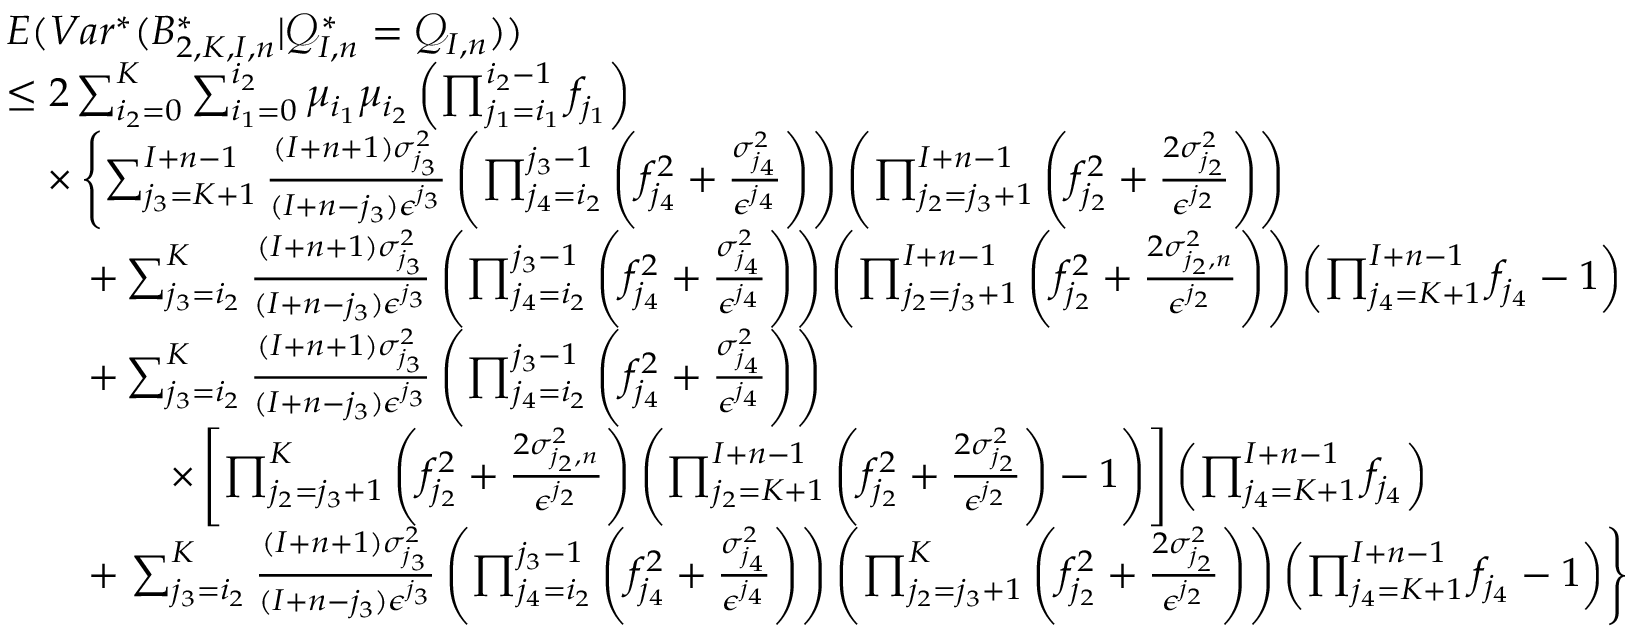
\begin{array} { r l } & { E ( V a r ^ { * } ( B _ { 2 , K , I , n } ^ { * } | \mathcal { Q } _ { I , n } ^ { * } = \mathcal { Q } _ { I , n } ) ) } \\ & { \leq 2 \sum _ { i _ { 2 } = 0 } ^ { K } \sum _ { i _ { 1 } = 0 } ^ { i _ { 2 } } \mu _ { i _ { 1 } } \mu _ { i _ { 2 } } \left( \prod _ { j _ { 1 } = i _ { 1 } } ^ { i _ { 2 } - 1 } f _ { j _ { 1 } } \right) } \\ & { \quad \times \left\{ \sum _ { j _ { 3 } = K + 1 } ^ { I + n - 1 } \frac { ( I + n + 1 ) \sigma _ { j _ { 3 } } ^ { 2 } } { ( I + n - j _ { 3 } ) \epsilon ^ { j _ { 3 } } } \left( \prod _ { j _ { 4 } = i _ { 2 } } ^ { j _ { 3 } - 1 } \left( f _ { j _ { 4 } } ^ { 2 } + \frac { \sigma _ { j _ { 4 } } ^ { 2 } } { \epsilon ^ { j _ { 4 } } } \right) \right) \left( \prod _ { j _ { 2 } = j _ { 3 } + 1 } ^ { I + n - 1 } \left( f _ { j _ { 2 } } ^ { 2 } + \frac { 2 \sigma _ { j _ { 2 } } ^ { 2 } } { \epsilon ^ { j _ { 2 } } } \right) \right) \right. } \\ & { \qquad + \sum _ { j _ { 3 } = i _ { 2 } } ^ { K } \frac { ( I + n + 1 ) \sigma _ { j _ { 3 } } ^ { 2 } } { ( I + n - j _ { 3 } ) \epsilon ^ { j _ { 3 } } } \left( \prod _ { j _ { 4 } = i _ { 2 } } ^ { j _ { 3 } - 1 } \left( f _ { j _ { 4 } } ^ { 2 } + \frac { \sigma _ { j _ { 4 } } ^ { 2 } } { \epsilon ^ { j _ { 4 } } } \right) \right) \left( \prod _ { j _ { 2 } = j _ { 3 } + 1 } ^ { I + n - 1 } \left( f _ { j _ { 2 } } ^ { 2 } + \frac { 2 \sigma _ { j _ { 2 } , n } ^ { 2 } } { \epsilon ^ { j _ { 2 } } } \right) \right) \left( \prod _ { j _ { 4 } = K + 1 } ^ { I + n - 1 } f _ { j _ { 4 } } - 1 \right) } \\ & { \qquad + \sum _ { j _ { 3 } = i _ { 2 } } ^ { K } \frac { ( I + n + 1 ) \sigma _ { j _ { 3 } } ^ { 2 } } { ( I + n - j _ { 3 } ) \epsilon ^ { j _ { 3 } } } \left( \prod _ { j _ { 4 } = i _ { 2 } } ^ { j _ { 3 } - 1 } \left( f _ { j _ { 4 } } ^ { 2 } + \frac { \sigma _ { j _ { 4 } } ^ { 2 } } { \epsilon ^ { j _ { 4 } } } \right) \right) } \\ & { \qquad \qquad \times \left[ \prod _ { j _ { 2 } = j _ { 3 } + 1 } ^ { K } \left( f _ { j _ { 2 } } ^ { 2 } + \frac { 2 \sigma _ { j _ { 2 } , n } ^ { 2 } } { \epsilon ^ { j _ { 2 } } } \right) \left( \prod _ { j _ { 2 } = K + 1 } ^ { I + n - 1 } \left( f _ { j _ { 2 } } ^ { 2 } + \frac { 2 \sigma _ { j _ { 2 } } ^ { 2 } } { \epsilon ^ { j _ { 2 } } } \right) - 1 \right) \right] \left( \prod _ { j _ { 4 } = K + 1 } ^ { I + n - 1 } f _ { j _ { 4 } } \right) } \\ & { \qquad + \left. \sum _ { j _ { 3 } = i _ { 2 } } ^ { K } \frac { ( I + n + 1 ) \sigma _ { j _ { 3 } } ^ { 2 } } { ( I + n - j _ { 3 } ) \epsilon ^ { j _ { 3 } } } \left( \prod _ { j _ { 4 } = i _ { 2 } } ^ { j _ { 3 } - 1 } \left( f _ { j _ { 4 } } ^ { 2 } + \frac { \sigma _ { j _ { 4 } } ^ { 2 } } { \epsilon ^ { j _ { 4 } } } \right) \right) \left( \prod _ { j _ { 2 } = j _ { 3 } + 1 } ^ { K } \left( f _ { j _ { 2 } } ^ { 2 } + \frac { 2 \sigma _ { j _ { 2 } } ^ { 2 } } { \epsilon ^ { j _ { 2 } } } \right) \right) \left( \prod _ { j _ { 4 } = K + 1 } ^ { I + n - 1 } f _ { j _ { 4 } } - 1 \right) \right\} } \end{array}